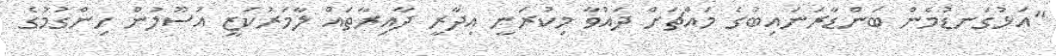
"އަޅުގަނޑުމެން ބަންޑާރަނައިބުގެ މައްޗަށް ދައުވާ މިކުރަނީ އިދާރީ ދާއިރާތައް ލާމަރުކަޒީ އުސޫލުން ހިންގުމުގެ